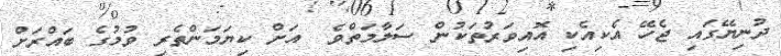
ދުނިޔޭގައި ޖެހޭ އެކިއެކި އޮއިވަރުތަކުން ސަލާމަތްވެ  އަށް ކިޔަމަންތެރި ވުމުގެ ބައްރަށް